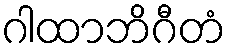
ဂါထာဘိဂီတံ